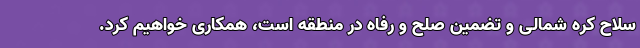
سلاح کره شمالی و تضمین صلح و رفاه در منطقه است، همکاری خواهیم کرد.